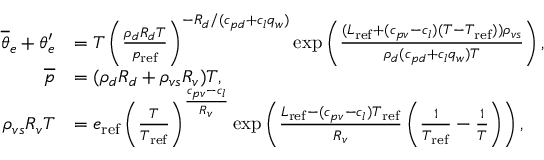
\begin{array} { r l } { \overline { { \theta } } _ { e } + \theta _ { e } ^ { \prime } } & { = T \left( \frac { \rho _ { d } R _ { d } T } { p _ { \mathrm { r e f } } } \right) ^ { - R _ { d } / ( c _ { p d } + c _ { l } q _ { w } ) } \exp \left( \frac { ( L _ { \mathrm { r e f } } + ( c _ { p v } - c _ { l } ) ( T - T _ { \mathrm { r e f } } ) ) \rho _ { v s } } { \rho _ { d } ( c _ { p d } + c _ { l } q _ { w } ) T } \right) , } \\ { \overline { { p } } } & { = ( \rho _ { d } R _ { d } + \rho _ { v s } R _ { v } ) T , } \\ { \rho _ { v s } R _ { v } T } & { = e _ { \mathrm { r e f } } \left( \frac { T } { T _ { \mathrm { r e f } } } \right) ^ { \frac { c _ { p v } - c _ { l } } { R _ { v } } } \exp \left( \frac { L _ { \mathrm { r e f } } - ( c _ { p v } - c _ { l } ) T _ { \mathrm { r e f } } } { R _ { v } } \left( \frac { 1 } { T _ { \mathrm { r e f } } } - \frac { 1 } { T } \right) \right) , } \end{array}